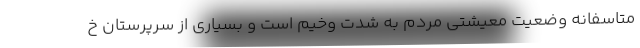
متاسفانه وضعیت معیشتی مردم به شدت وخیم است و بسیاری از سرپرستان خ